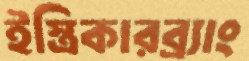
ইস্ত্রিকারব্র্যাং